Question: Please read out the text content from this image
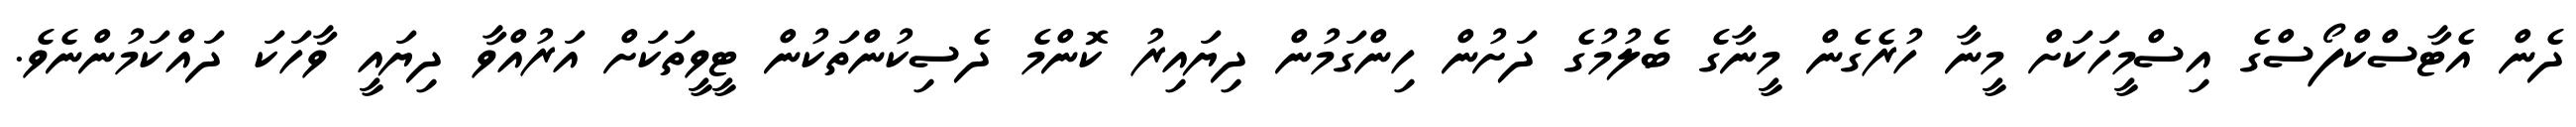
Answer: ދެން އެޓާސްކްފޯސްގެ އިސްމީހަކަށް މީނާ ހުރެގެން މީނާގެ ބެލުމުގެ ދަށުން ހިންގަމުން ދިޔައިރު ކޮންމެ ދެސިކުންތަކުން ޓީވީތަކަށް އަރުއްވާ ދިޔައީ ވާހަކަ ދައްކަމުންނެވެ.